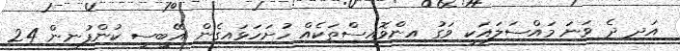
އަދި ދެ ވަނަ މައްސަލައަކީ ވަގު އިންވޮއިސްތަކެއް ހުށަހަޅައިގެން އޭބީސީ ކުންފުނިން 24